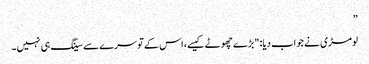
”
لومڑی نے جواب دیا: "بڑے چھوٹے کیسے، اس کے تو سرے سے سینگ ہی نہیں۔